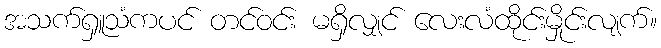
အသက်ရှူသံကပင် တင်ဝင်း မရှိလျှင် လေးလံထိုင်းမှိုင်းလျက်။